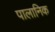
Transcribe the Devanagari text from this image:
पालानिक